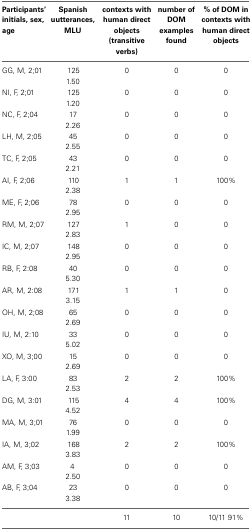
<table><thead><tr><td><b>Participants&#x27; initials, sex, age</b></td><td><b>Spanish uutterances, MLU</b></td><td><b>contexts with human direct objects (transitive verbs)</b></td><td><b>number of DOM examples found</b></td><td><b>% of DOM in contexts with human direct objects</b></td></tr></thead><tbody><tr><td rowspan="2">GG, M, 2;01</td><td>125</td><td rowspan="2">0</td><td rowspan="2">0</td><td rowspan="2">0</td></tr><tr><td>1.50</td></tr><tr><td rowspan="2">NI, F, 2;01</td><td>125</td><td rowspan="2">0</td><td rowspan="2">0</td><td rowspan="2">0</td></tr><tr><td>1.20</td></tr><tr><td rowspan="2">NC, F, 2;04</td><td>17</td><td rowspan="2">0</td><td rowspan="2">0</td><td rowspan="2">0</td></tr><tr><td>2.26</td></tr><tr><td rowspan="2">LH, M, 2;05</td><td>45</td><td rowspan="2">0</td><td rowspan="2">0</td><td rowspan="2">0</td></tr><tr><td>2.55</td></tr><tr><td rowspan="2">TC, F, 2;05</td><td>43</td><td rowspan="2">0</td><td rowspan="2">0</td><td rowspan="2">0</td></tr><tr><td>2.21</td></tr><tr><td rowspan="2">AI, F, 2;06</td><td>110</td><td rowspan="2">1</td><td rowspan="2">1</td><td rowspan="2">100%</td></tr><tr><td>2.38</td></tr><tr><td rowspan="2">ME, F, 2;06</td><td>78</td><td rowspan="2">0</td><td rowspan="2">0</td><td rowspan="2">0</td></tr><tr><td>2.95</td></tr><tr><td rowspan="2">RM, M, 2;07</td><td>127</td><td rowspan="2">1</td><td rowspan="2">0</td><td rowspan="2">0</td></tr><tr><td>2.83</td></tr><tr><td rowspan="2">IC, M, 2;07</td><td>148</td><td rowspan="2">0</td><td rowspan="2">0</td><td rowspan="2">0</td></tr><tr><td>2.95</td></tr><tr><td rowspan="2">RB, F, 2:08</td><td>40</td><td rowspan="2">0</td><td rowspan="2">0</td><td rowspan="2">0</td></tr><tr><td>5.30</td></tr><tr><td rowspan="2">AR, M, 2:08</td><td>171</td><td rowspan="2">1</td><td rowspan="2">1</td><td rowspan="2">0</td></tr><tr><td>3.15</td></tr><tr><td rowspan="2">OH, M, 2;08</td><td>65</td><td rowspan="2">0</td><td rowspan="2">0</td><td rowspan="2">0</td></tr><tr><td>2.69</td></tr><tr><td rowspan="2">IU, M, 2:10</td><td>33</td><td rowspan="2">0</td><td rowspan="2">0</td><td rowspan="2">0</td></tr><tr><td>5.02</td></tr><tr><td rowspan="2">XO, M, 3;00</td><td>15</td><td rowspan="2">0</td><td rowspan="2">0</td><td rowspan="2">0</td></tr><tr><td>2.69</td></tr><tr><td rowspan="2">LA, F, 3:00</td><td>83</td><td rowspan="2">2</td><td rowspan="2">2</td><td rowspan="2">100%</td></tr><tr><td>2.53</td></tr><tr><td rowspan="2">DG, M, 3:01</td><td>115</td><td rowspan="2">4</td><td rowspan="2">4</td><td rowspan="2">100%</td></tr><tr><td>4.52</td></tr><tr><td rowspan="2">MA, M, 3;01</td><td>76</td><td rowspan="2">0</td><td rowspan="2">0</td><td rowspan="2">0</td></tr><tr><td>1.99</td></tr><tr><td rowspan="2">IA, M, 3;02</td><td>168</td><td rowspan="2">2</td><td rowspan="2">2</td><td rowspan="2">100%</td></tr><tr><td>3.83</td></tr><tr><td rowspan="2">AM, F, 3;03</td><td>4</td><td rowspan="2">0</td><td rowspan="2">0</td><td rowspan="2">0</td></tr><tr><td>2.50</td></tr><tr><td rowspan="2">AB, F, 3;04</td><td>23</td><td rowspan="2">0</td><td rowspan="2">0</td><td rowspan="2">0</td></tr><tr><td>3.38</td></tr><tr><td></td><td></td><td>11</td><td>10</td><td rowspan="2">10/11 91%</td></tr></tbody></table>